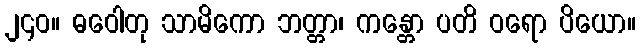
၂၄၀။ ဓဝေါတု သာမိကော ဘတ္တာ၊ ကန္တော ပတိ ဝရော ပိယော။